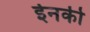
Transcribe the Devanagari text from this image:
ईनकी